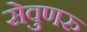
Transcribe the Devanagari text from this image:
सेवुणरु